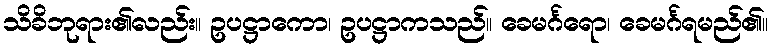
သိခိဘုရား၏လည်း။ ဥပဋ္ဌာကော၊ ဥပဋ္ဌာကသည်။ ခေမင်္ဂရော၊ ခေမင်္ဂရမည်၏။